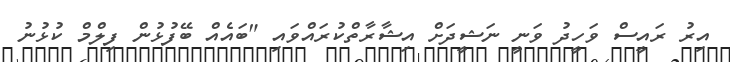
އިރު ރައީސް ވަހީދު ވަނީ ނަޝީދަށް އިޝާރާތްކުރައްވައި "ބައެއް ބޭފުޅުން ފިލްމް ކުޅުނު